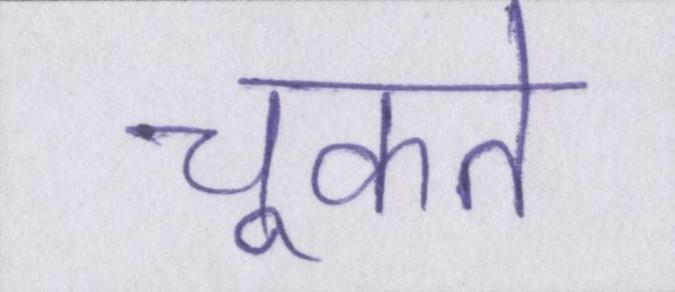
चूकते